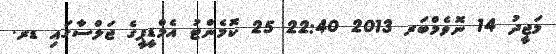
މަޖީދު 14 ނޮވެމްބަރ 2013 22:40 25 ކޮމެންޓު އެމްޑީޕީގެ ޖަލްސާގައި ޑރ.